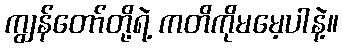
ကျွန်တော်တို့ရဲ့ ကတိကိုမမေ့ပါနဲ့။